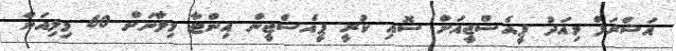
އަޝްރަފް މިއަދު ޕީއެސްޖީއަށް ސޮއި ކުރީ ޕީއެސްޖީން އިންޓާ މިލާނަށް 60 މިލިއަން